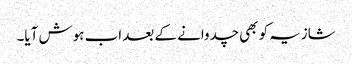
شازیہ کو بھی چدوانے کے بعد اب ہوش آیا۔